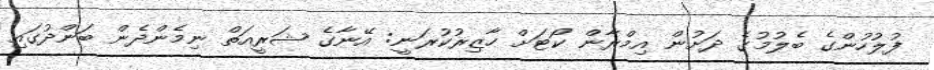
ފުލުހުންގެ ބެލުމުގެ ދަށުން އިމްރާން ކޯޓަށް ހާޒިރުކުރަނީ: އޭނާގެ ޝަރީއަތް ނިމެންދެން ބަންދުގައި